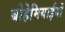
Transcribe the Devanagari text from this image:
बोहेमियाईयों